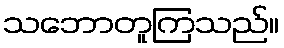
သဘောတူကြသည်။